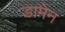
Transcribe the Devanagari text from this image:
डामेन